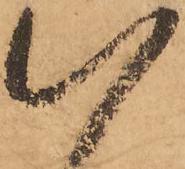
以